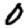
Digit: 0